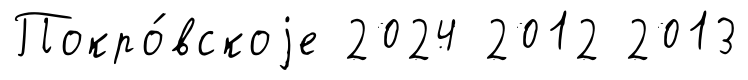
Покро́вскоjе 2024 2012 2013